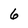
Character: 6